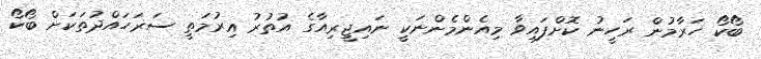
ބޯކޯ ހަރާމުން ރަހީނު ކޮށްފައިވާ މިއެންމެންނަކީ ނައިޖީރިއާގެ އުތުރު އިރުމަތީ ސަރަހައްދުތަކަށް ބޯކޯ